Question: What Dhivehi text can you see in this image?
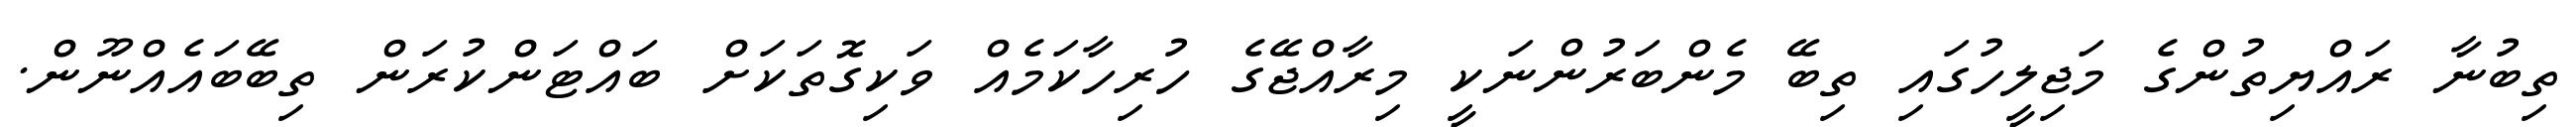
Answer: ތިބުނާ ރައްޔިތުންގެ މަޖިލީހުގައި ތިބޭ މެންބަރުންނަކީ މިރާއްޖޭގެ ހުރިހާކަމެއް ވަކިގޮތަކަށް ބައްޓަންކުރަން ތިބޭބައެއްނޫން.